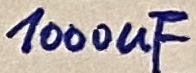
Text: 1000µF